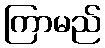
ကြာမည်